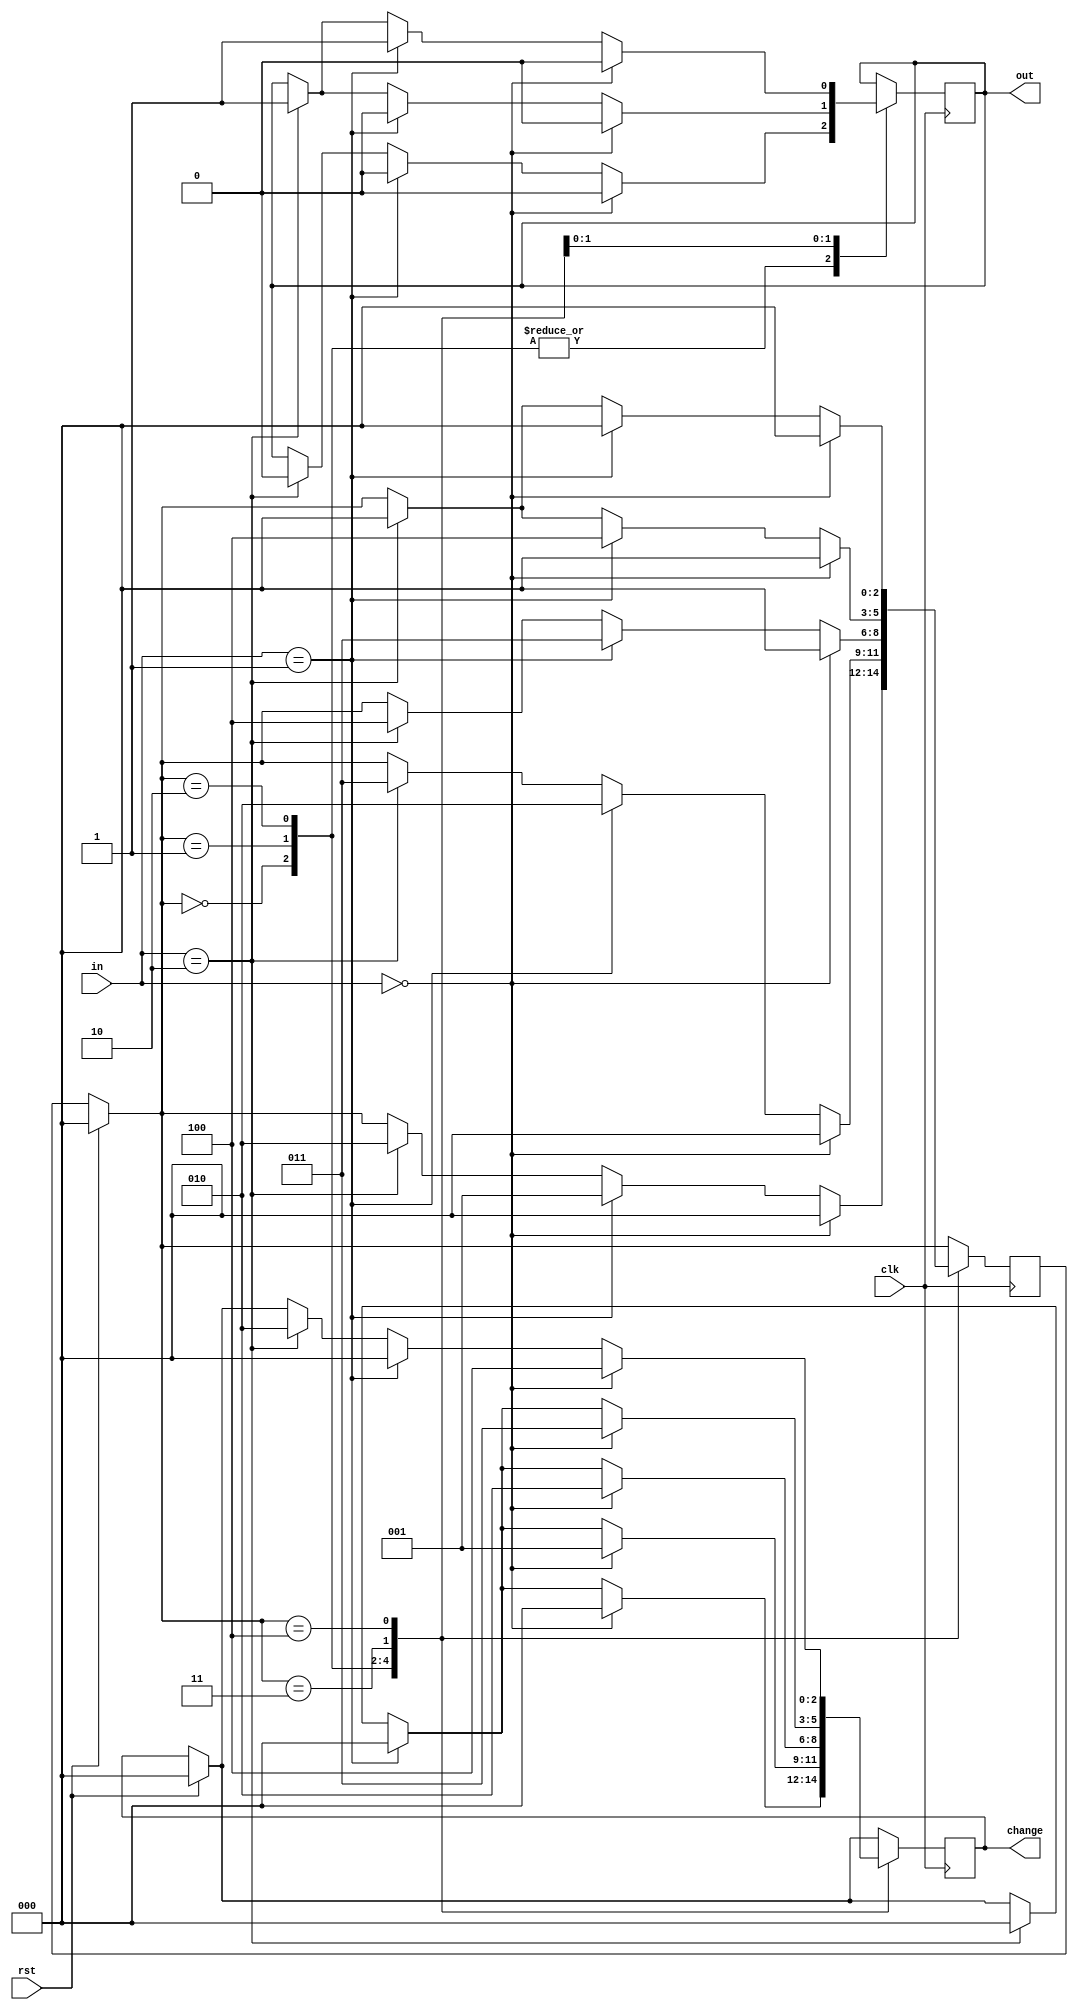

module vending_machine_25(in,clk,rst,out,change);
  input [2:0]in; // 000-Rs.0,001-Rs.5,010-RS.10,011-Rs.15,100-Rs.20
  input clk,rst;
  output reg [2:0]change; 
  output reg out;
  
  parameter s0=3'b000;  
  parameter s1=3'b001;  
  parameter s2=3'b010; 
  parameter s3=3'b011;
  parameter s4=3'b100;
  
  reg [2:0] c_state,n_state;
  
  always @(posedge clk)
    begin
      if(rst==1)
        begin
          c_state=0;
          n_state=0;
          change=3'b000;
        end
      else
        c_state=n_state;
      
      case(c_state)
        s0:        // state s0 -- 0rs
          if(in==0)
            begin
              n_state=s0;
              out=0;
              change=3'b000;
            end
        else if(in==3'b001)
          begin
            n_state=s1;
            out=0;
            change=3'b000;
          end
        else if(in==3'b010)
          begin
            n_state=s2;
            out=0;
            change=3'b000;
          end
        
        s1:  // state s1 --5rs
          if(in==0)
            begin
              n_state=s0;
              out=0;
              change=3'b001; //change returned 5rs
            end
        else if(in==3'b001)
          begin
            n_state=s2;
            out=0;
            change=3'b000;
          end
        else if(in==3'b010)
          begin
            n_state=s3;
            out=0;
            change=3'b000;
          end
        s2:     //state s2 -- 10rs
          if(in==0)
            begin
              n_state=s0;
              out=0;
              change=3'b010;  // chnage returned 10rs
end
        else if(in==3'b001)
          begin
            n_state=s3;
            out=0;
            change=3'b000;
          end
        else if(in==3'b010)
          begin
            n_state=s4;
            out=0;
            change=3'b000;
          end
              
              
          s3:  // state s3--15rs
             if(in==0)
            begin
              n_state=s0;
              out=0;
              change=3'b011;  // chnage returned 15rs
            end
        else if(in==3'b001)
          begin
            n_state=s4;
            out=0;
            change=3'b000;
          end
        else if(in==3'b010)
          begin
            n_state=s0;
            out=1; //ouput =1 got 25rs
            change=3'b000;
          end
             
          s4:  // state s4--20rs
               if(in==0)
            begin
              n_state=s0;
              out=0;
              change=3'b100;  // change returned 20rs
             end
            else if(in==3'b001)
          begin
            n_state=s0;
            out=1;   ////ouput =1 got 25rs
            change=3'b000;
          end
        else if(in==3'b010)
          begin
            n_state=s0;
            out=1; //ouput =1 got 25rs
            change=3'b010;
          end
        endcase
              
    end
 endmodule